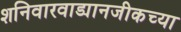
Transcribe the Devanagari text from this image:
शनिवारवाड्यानजीकच्या